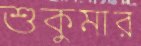
শুকুমার